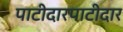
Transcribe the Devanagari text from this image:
पाटीदारपाटीदार